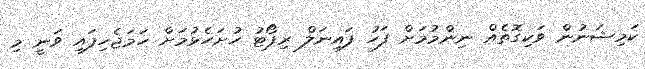
ކަމިޝަނުން ވަކިގޮތެއް ނިންމުމަށް ފަހު ފައިނަލް ރިޕޯޓު ހުށަހެޅުމަށް ހަމަޖެހިފައި ވަނީ މި